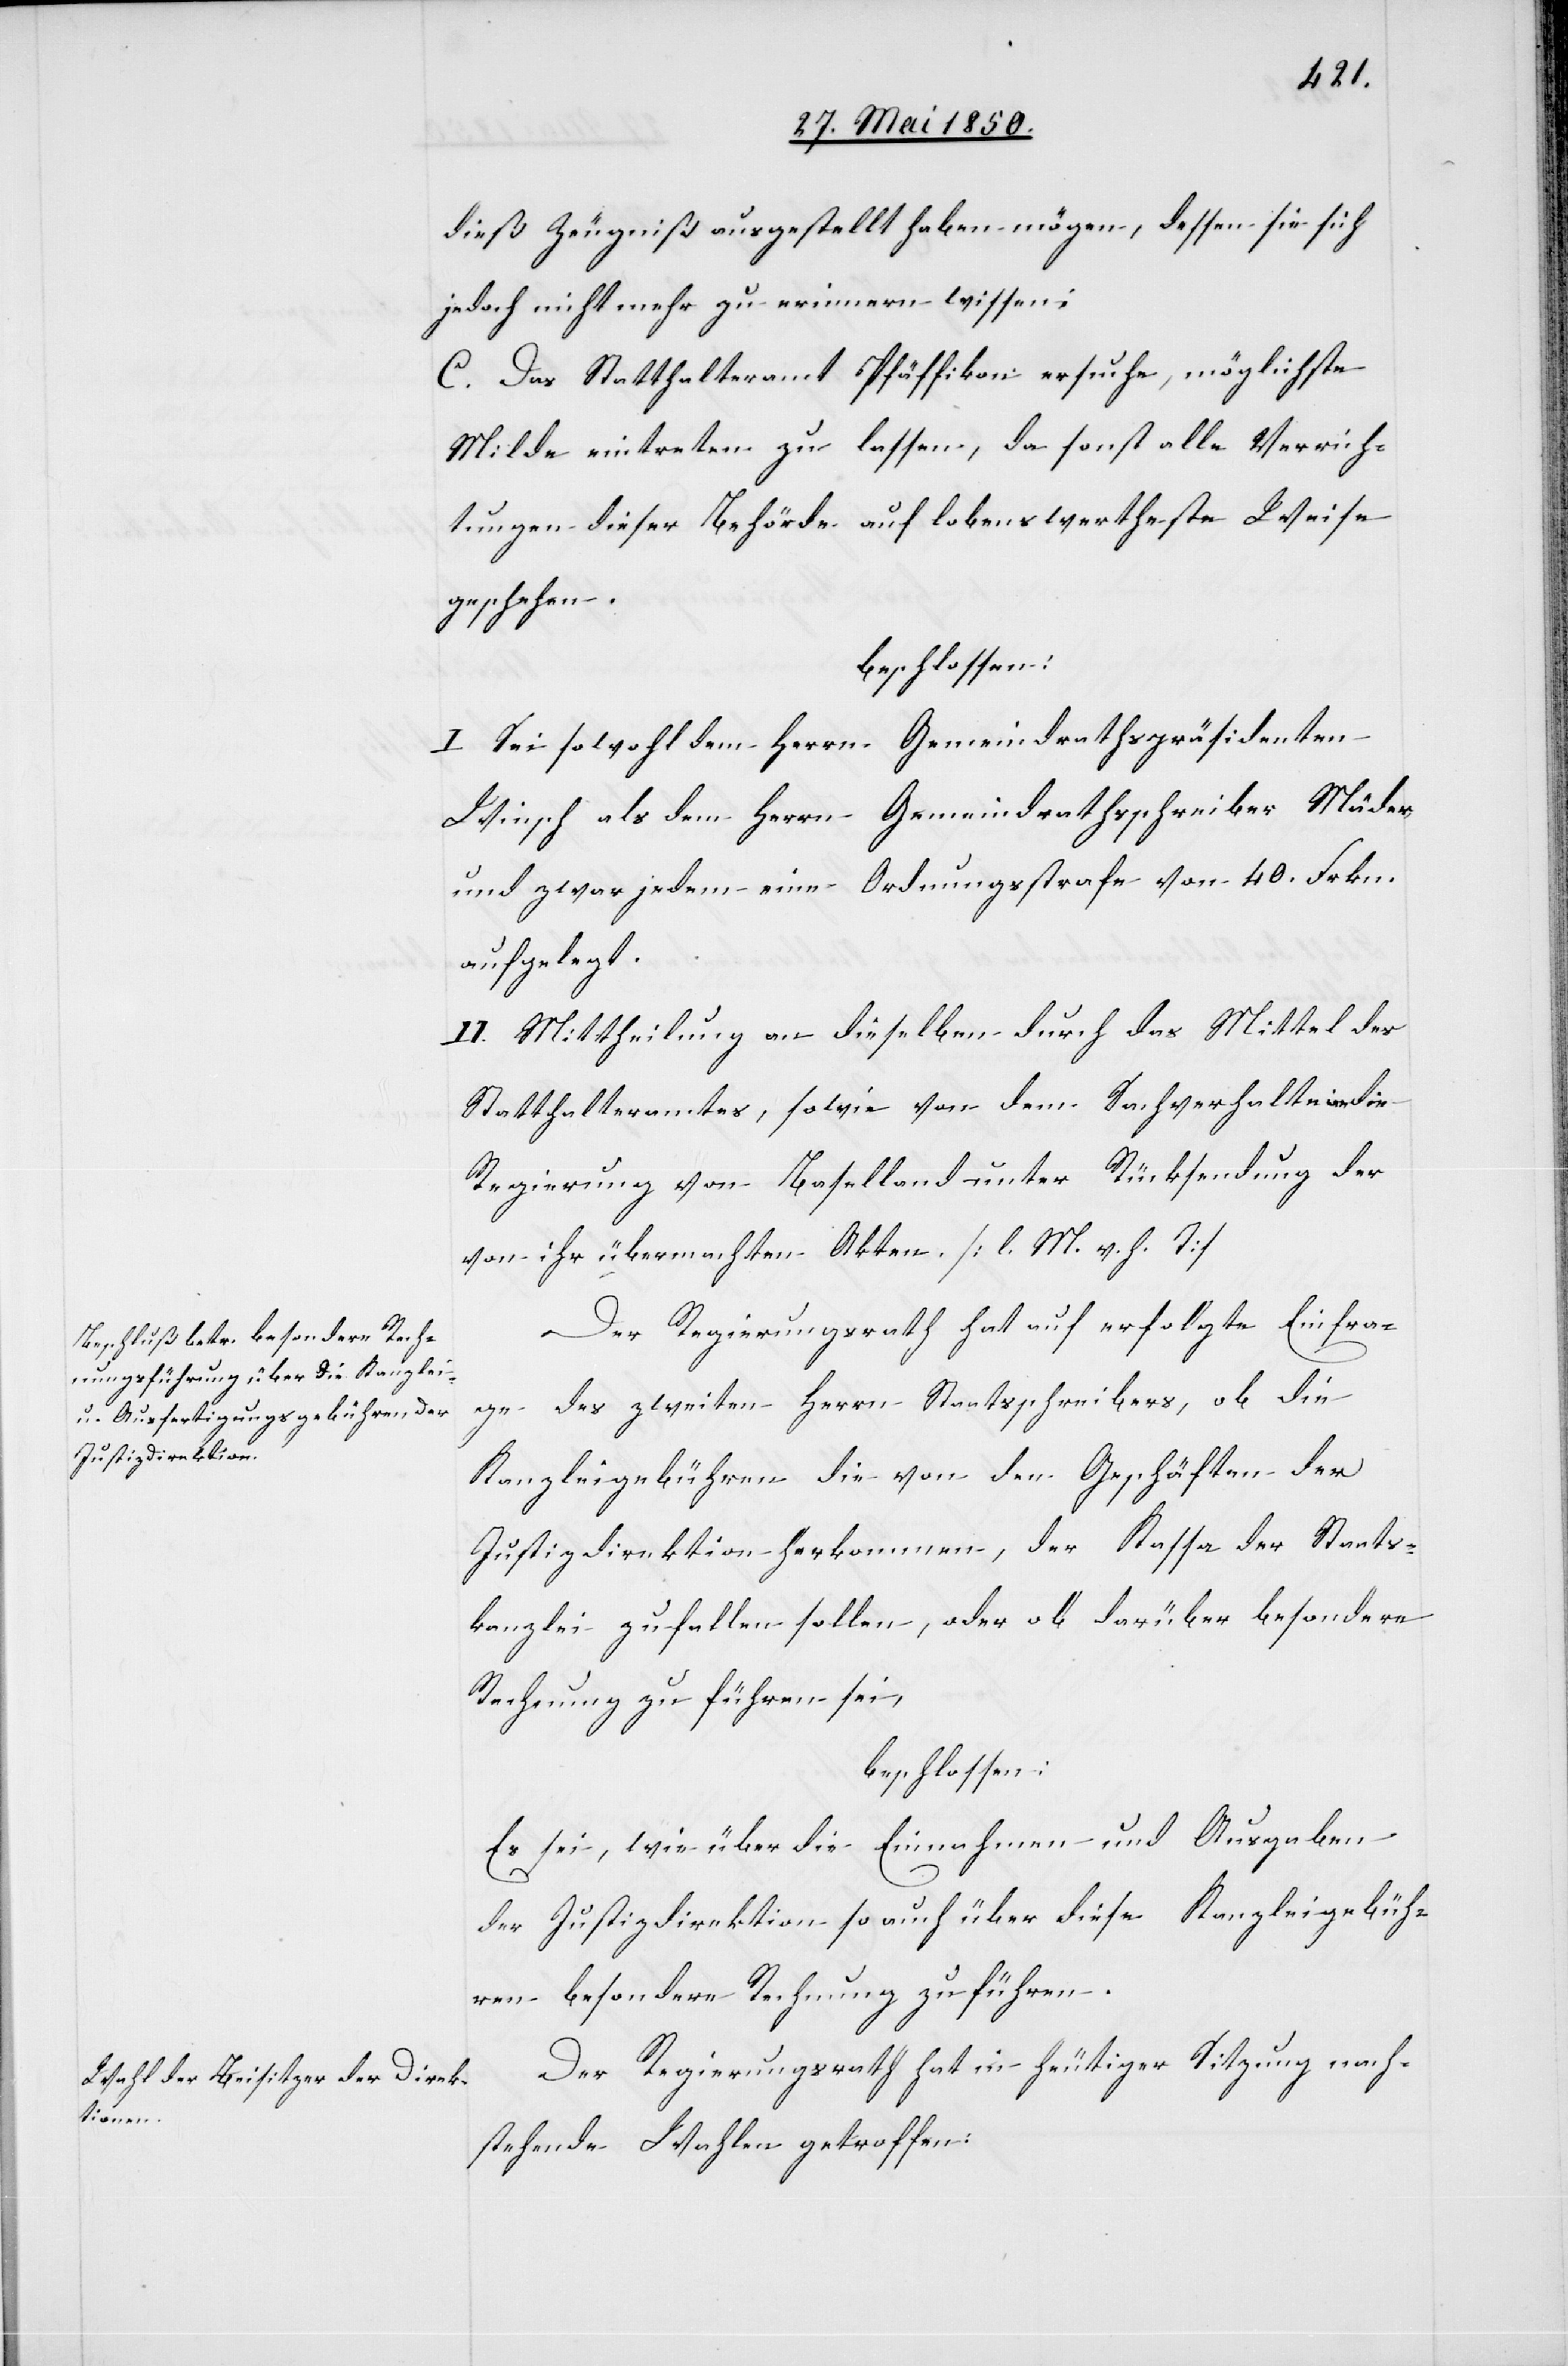
dieß Zeugniß ausgestellt haben mögen, dessen sie sich
jedoch nicht mehr zu erinnern wissen;
C. Das Statthalteramt Pfäffikon ersuche, möglichste
Milde eintreten zu lassen, da sonst alle Verrich¬
tungen dieser Behörde auf lobenswertheste Weise
geschehen.
beschlossen:
I. Sei sowohl dem Herrn Gemeindrathspräsidenten
Winsch als dem Herrn Gemeindrathsschreiber Mäder
und zwar jedem eine Ordnungsstrafe von 40. Frkn.
aufgelegt.
II. Mittheilung an dieselben durch das Mittel des
Statthalteramtes, sowie von dem Sachverhalte an die
Regierung von Basselland unter Rücksendung der
von ihr übermachten Akten. [l. M. v. h. T]
Der Regierungsrath hat auf erfolgte Einfra¬
ge des zweiten Herrn Staatsschreibers, ob die
Kanzleigebühren die von den Geschäften der
Justizdirektion herkommen, der Kassa der Staats¬
kanzlei zufallen sollen, oder ob darüber besondere
Rechnung zu führen sei,
beschlossen:
Es sei, wie über die Einnahmen und Ausgaben
der Justizdirektion so auch über diese Kanzleigebüh¬
ren besondere Rechnung zu führen.
Der Regierungsrath hat in heutiger Sitzung nach¬
stehende Wahlen getroffen: